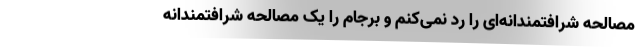
مصالحه شرافتمندانه‌ای را رد نمی‌کنم و برجام را یک مصالحه شرافتمندانه